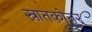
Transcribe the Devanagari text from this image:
स्रातकोत्तर